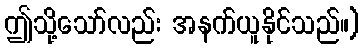
ဤသို့သော်လည်း အနက်ယူနိုင်သည်။)